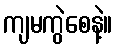
ကျမကွဲစေနဲ့။